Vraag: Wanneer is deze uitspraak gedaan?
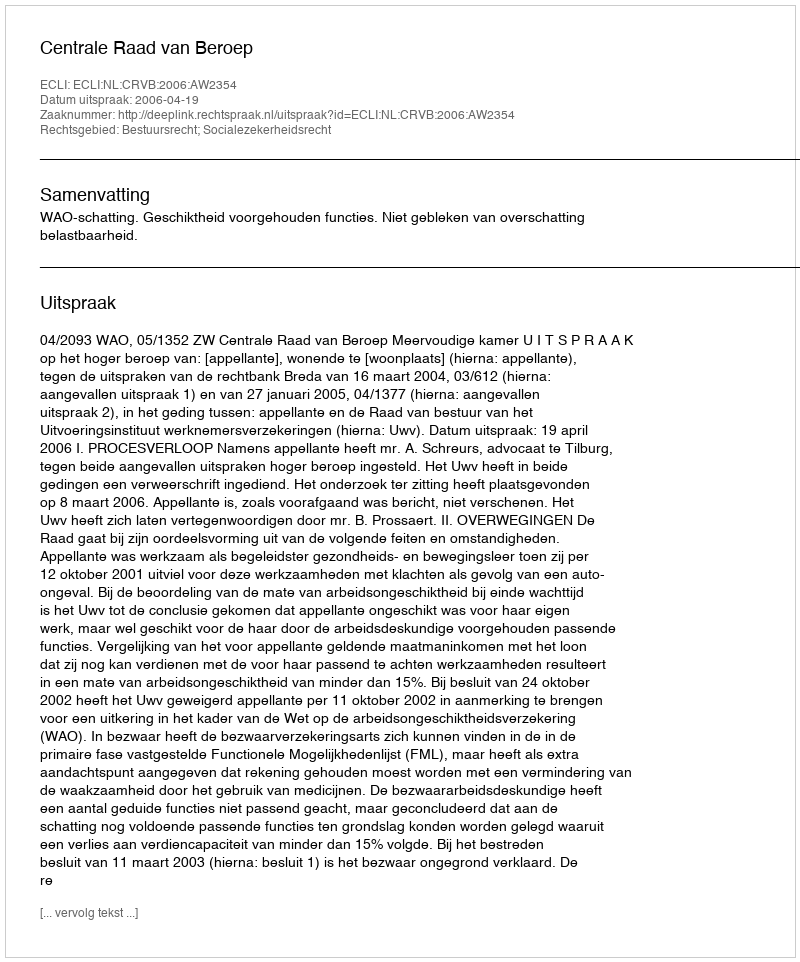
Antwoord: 2006-04-19